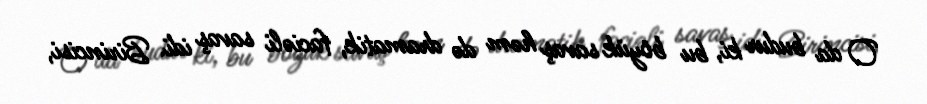
O da budur ki, bu böyük savaş həm də dramatik, faciəli savaş idi. Birincisi,